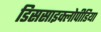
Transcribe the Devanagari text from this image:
डिससाइक्लोपीडिया